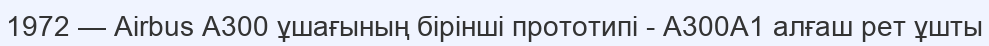
1972 — Airbus A300 ұшағының бірінші прототипі - A300A1 алғаш рет ұшты